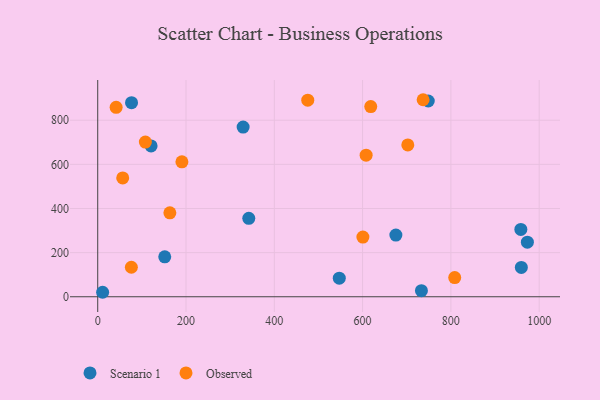
{"axis": {"x": "Distance", "y": "Fuel Efficiency"}, "legend": ["Observed", "Scenario 1"], "data": [{"x": "547.2", "y": 84.1, "type": "Scenario 1"}, {"x": "329.4", "y": 768.8, "type": "Scenario 1"}, {"x": "120.9", "y": 683.5, "type": "Scenario 1"}, {"x": "958.5", "y": 304.9, "type": "Scenario 1"}, {"x": "11.1", "y": 20.3, "type": "Scenario 1"}, {"x": "959.6", "y": 132.7, "type": "Scenario 1"}, {"x": "76.6", "y": 879.3, "type": "Scenario 1"}, {"x": "748.8", "y": 887.0, "type": "Scenario 1"}, {"x": "675.4", "y": 279.4, "type": "Scenario 1"}, {"x": "151.8", "y": 181.0, "type": "Scenario 1"}, {"x": "973.3", "y": 247.2, "type": "Scenario 1"}, {"x": "342.2", "y": 355.6, "type": "Scenario 1"}, {"x": "733.3", "y": 27.6, "type": "Scenario 1"}, {"x": "702.4", "y": 687.9, "type": "Observed"}, {"x": "618.5", "y": 861.6, "type": "Observed"}, {"x": "107.9", "y": 701.1, "type": "Observed"}, {"x": "76.2", "y": 133.7, "type": "Observed"}, {"x": "600.7", "y": 270.4, "type": "Observed"}, {"x": "608.0", "y": 641.6, "type": "Observed"}, {"x": "41.7", "y": 858.3, "type": "Observed"}, {"x": "163.4", "y": 380.4, "type": "Observed"}, {"x": "808.7", "y": 86.7, "type": "Observed"}, {"x": "475.8", "y": 890.9, "type": "Observed"}, {"x": "190.7", "y": 611.6, "type": "Observed"}, {"x": "56.6", "y": 538.4, "type": "Observed"}, {"x": "737.1", "y": 892.8, "type": "Observed"}]}